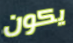
يكون